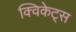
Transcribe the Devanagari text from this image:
क्विकेट्स